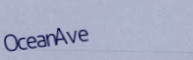
OceanAve